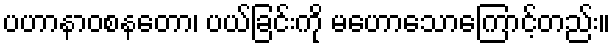
ပဟာနာဝစနတော၊ ပယ်ခြင်းကို မဟောသောကြောင့်တည်း။